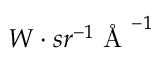
W \cdot s r ^ { - 1 } \textup { \r { A } } ^ { - 1 }